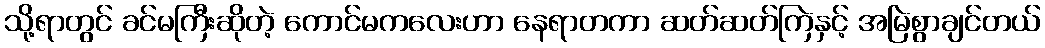
သို့ရာတွင် ခင်မကြီးဆိုတဲ့ ကောင်မကလေးဟာ နေရာတကာ ဆတ်ဆတ်ကြဲနှင့် အမြဲစွာချင်တယ်